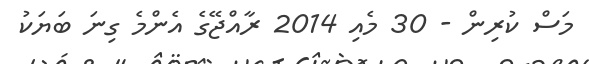
މަސް ކުރިން - 30 މެއި 2014 ރާއްޖޭގެ އެންމެ ގިނަ ބަޔަކު